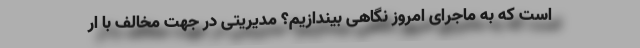
است که به ماجرای امروز نگاهی بیندازیم؟ مدیریتی در جهت مخالف با ار